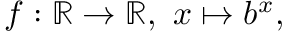
f : \mathbb { R } \to \mathbb { R } , \ x \mapsto b ^ { x } ,